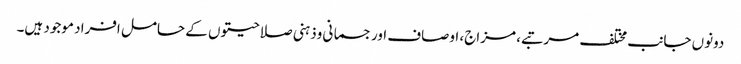
دونوں جانب مختلف مرتبے، مزاج، اوصاف اورجسمانی وذہنی صلاحیتوں کے حامل افراد موجود ہیں۔